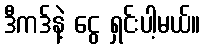
ဒီကဒ်နဲ့ ငွေ ရှင်းပါ့မယ်။